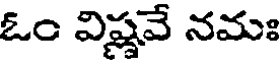
ఓం విష్ణవే నమః